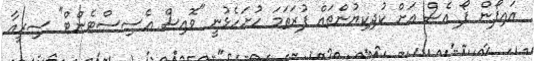
އައިފޯން ފޯ އެސް އަށް ކުދިކިޔުންތައް ފުރަތަމަ ހުށަހެޅުނީ "ވޮއިސް އެސިސްޓެންޓް" ސިރީއާ